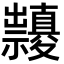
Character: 𥜱